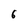
Character: 6